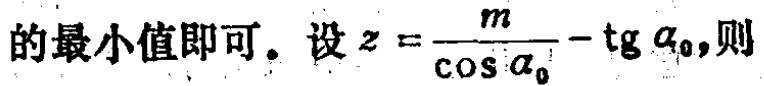
的最小值即可。设\(z = \frac{m}{\cos \alpha_{0}} - \tg \alpha_{0}\)，则